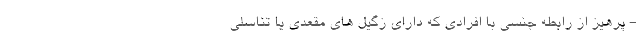
- پرهیز از رابطه جنسی با افرادی که دارای زگیل های مقعدی یا تناسلی